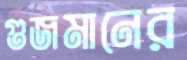
গুজমানের